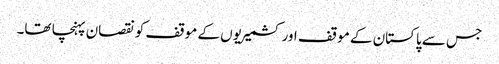
جس سے پاکستان کے موقف اور کشمیریوں کے موقف کو نقصان پہنچا تھا۔